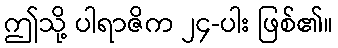
ဤသို့ ပါရာဇိက ၂၄-ပါး ဖြစ်၏။